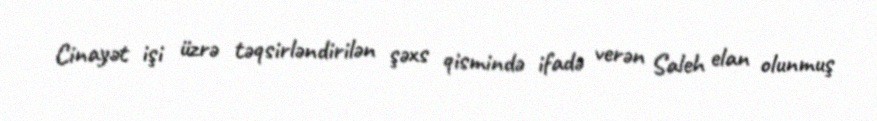
Cinayət işi üzrə təqsirləndirilən şəxs qismində ifadə verən Saleh elan olunmuş